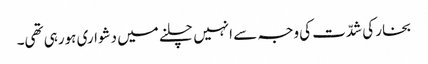
بخار کی شدّت کی وجہ سے انہیں چلنے میں دشواری ہورہی تھی۔